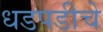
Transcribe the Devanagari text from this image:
धडपडीचे